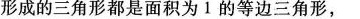
形成的三角形都是面积为1的等边三角形，